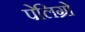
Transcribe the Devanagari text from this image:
पेलिग्रो